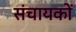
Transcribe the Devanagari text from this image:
संचायकों